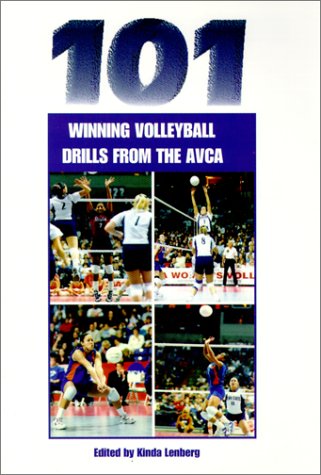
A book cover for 101 Winning Volleyball Drills from AVCA (The Art & Science of Coaching Series); American Volleyball Coaches' Association; Sports & Outdoors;